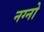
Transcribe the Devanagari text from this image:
नग्नो